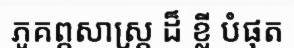
ភូគព្ភសាស្ត្រ ដ៏ ខ្លី បំផុត